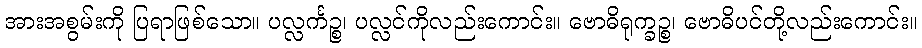
အားအစွမ်းကို ပြရာဖြစ်သော။ ပလ္လင်္ကဉ္စ၊ ပလ္လင်ကိုလည်းကောင်း။ ဗောဓိရုက္ခဉ္စ၊ ဗောဓိပင်တို့လည်းကောင်း။